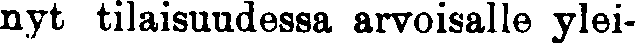
nyt tilaisuudessa arvoisalle ylei-